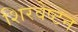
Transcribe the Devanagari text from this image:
शिरवेष्टन